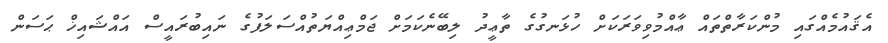
އެޤައުމެއްގައި މުންކަރާތްތައް ޢާއްމުވިވަރަކަށް ހުޅަނގުގެ ތާޢީދު ލިބޭނެކަމަށް ޖަމްޢިއްޔަތުއްސަލަފުގެ ނައިބުރައީސް އައްޝައިޚް ޙަސަން